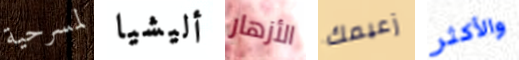
لمسرحية أليشيا الأزهار زعيمك والأكثر